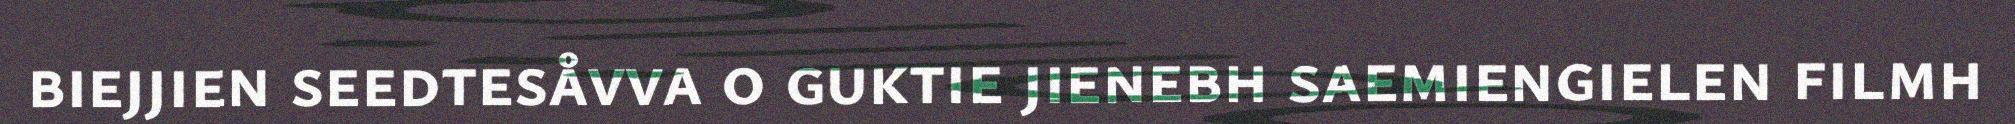
biejjien seedtesåvva o guktie jienebh saemiengielen filmh